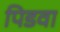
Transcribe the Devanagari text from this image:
पिडवा